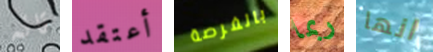
تائه أعتقد بالفرصة ربما انها